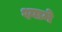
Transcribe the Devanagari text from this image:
श्यामे